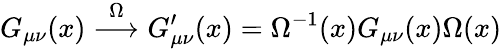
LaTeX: G_{\mu\nu}(x)\stackrel{\Omega}{\longrightarrow}G_{\mu\nu}^{\prime}(x)=\Omega^{-1}(x)G_{\mu\nu}(x)\Omega(x)